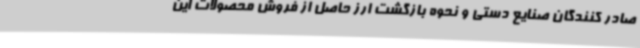
صادر کنندگان صنایع دستی و نحوه بازگشت ارز حاصل از فروش محصولات این